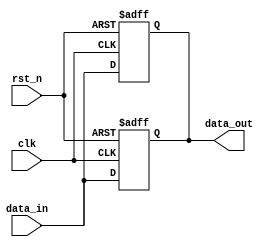
module delay_example (
    input wire clk,
    input wire rst_n,
    input wire [3:0] data_in,
    output reg [3:0] data_out
);

    // Example of using a blocking assignment with # delay
    always @(posedge clk or negedge rst_n) begin
        if (!rst_n) begin
            data_out = 4'b0000; // Reset output to 0
        end else begin
            #5 data_out = data_in; // Blocking assignment with a 5-time unit delay
        end
    end

    // Example of using a non-blocking assignment with # delay
    always @(posedge clk or negedge rst_n) begin
        if (!rst_n) begin
            data_out <= 4'b0000; // Reset output to 0
        end else begin
            #10 data_out <= data_in; // Non-blocking assignment with a 10-time unit delay
        end
    end

endmodule